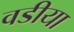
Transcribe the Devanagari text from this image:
वडीया